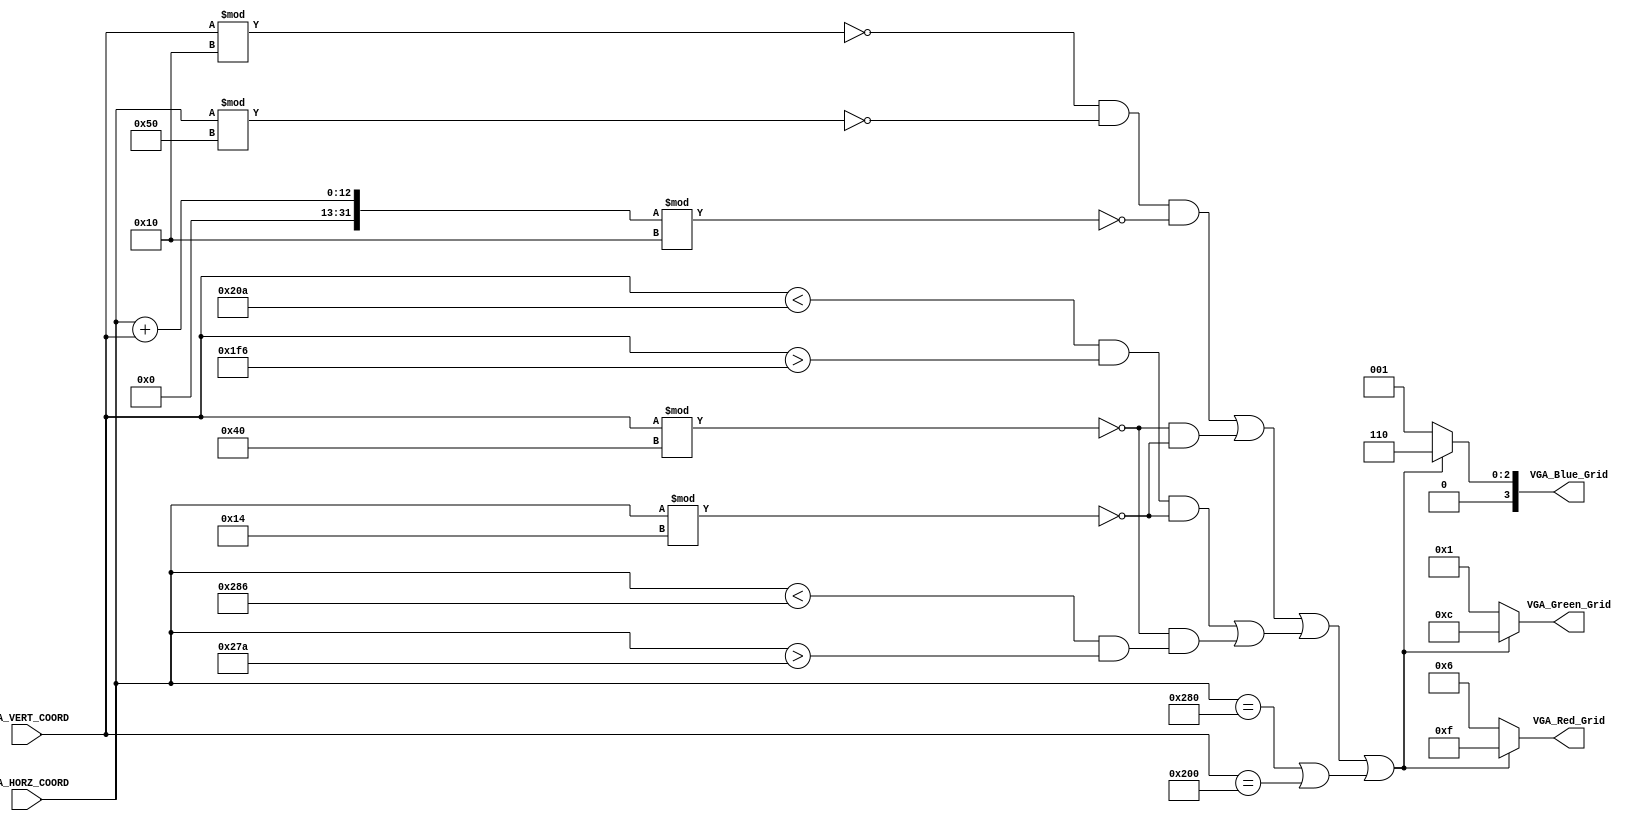
`timescale 1ns / 1ps
//////////////////////////////////////////////////////////////////////////////////
//-------------------------------------------------------------------------  
//                  DRAWING GRID LINES AND TICKS ON SCREEN
// Description:
// Grid lines are drawn at pixel # 320 along the x-axis, and
// pixel #768 along the y-axis

// Note the VGA controller is configured to produce a 1024 x 1280 pixel resolution
//-------------------------------------------------------------------------

//-------------------------------------------------------------------------
// TOOD:    Draw grid lines at every 80-th pixel along the horizontal axis, and every 64th pixel
//          along the vertical axis. This gives us a 16x16 grid on screen. 
//          
//          Further draw ticks on the central x and y grid lines spaced 16 and 8 pixels apart in the 
//          horizontal and vertical directions respectively. This gives us 5 sub-divisions per division 
//          in the horizontal and 8 sub-divisions per divsion in the vertical direction   
//-------------------------------------------------------------------------  
  
//////////////////////////////////////////////////////////////////////////////////


module Draw_Background(
    input [11:0] VGA_HORZ_COORD,
    input [11:0] VGA_VERT_COORD,
    output [3:0] VGA_Red_Grid,
    output [3:0] VGA_Green_Grid,
    output [3:0] VGA_Blue_Grid
    );
    
// The code below draws two grid lines. Modify the codes to draw more grid lines. 
    wire Condition_For_Grid = (VGA_HORZ_COORD == 640) ||  (VGA_VERT_COORD == 512) ;


// Using the gridline example, insert your code below to draw ticks on the x-axis and y-axis.
    wire Condition_For_Ticks = (VGA_VERT_COORD<522 && VGA_VERT_COORD>502)&&(VGA_HORZ_COORD%20==0) //ticks for y-axis
                             ||(VGA_VERT_COORD%64==0 && (VGA_HORZ_COORD<646 && VGA_HORZ_COORD>634)); //ticks for x-axis

    wire Condition_For_Horizontal_dot=(VGA_VERT_COORD%16==0)&&(VGA_HORZ_COORD%80==0)&&((VGA_HORZ_COORD+VGA_VERT_COORD)%16==0);
    
    wire Condition_For_Vertical_dot= (VGA_VERT_COORD%64==0) && (VGA_HORZ_COORD%20==0);
    
// Please modify below codes to change the background color and to display ticks defined above
    assign VGA_Red_Grid = (Condition_For_Horizontal_dot 
                       || Condition_For_Vertical_dot
                       || Condition_For_Ticks
                       || Condition_For_Grid
                          )? 8'hFF : 8'h66 ;
                         
    assign VGA_Green_Grid = (Condition_For_Horizontal_dot 
                         || Condition_For_Vertical_dot
                         || Condition_For_Ticks
                         || Condition_For_Grid
                            )? 8'hCC : 8'h11 ;
                            
    assign VGA_Blue_Grid = (Condition_For_Horizontal_dot 
                       || Condition_For_Vertical_dot
                       || Condition_For_Ticks
                       || Condition_For_Grid
                          )? 8'h66 : 8'h11 ;
    
                            // if true, a red pixel is put at coordinates (VGA_HORZ_COORD, VGA_VERT_COORD), 
     
endmodule